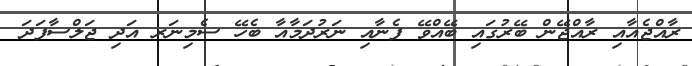
ރާއްޖެއާއި ރާއްޖޭން ބޭރުގައި ބޭއްވޭ ފެނާއި ނަރުދަމާއާ ބެހޭ ސެމިނަރ އަދި ޖަލްސާފަދަ